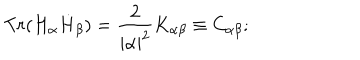
T r ( H _ { \alpha } \dot { H } _ { \beta } ) = { \frac { 2 } { { \mid \alpha \mid } ^ { 2 } } } K _ { \alpha \beta } \equiv C _ { \alpha \beta } ;